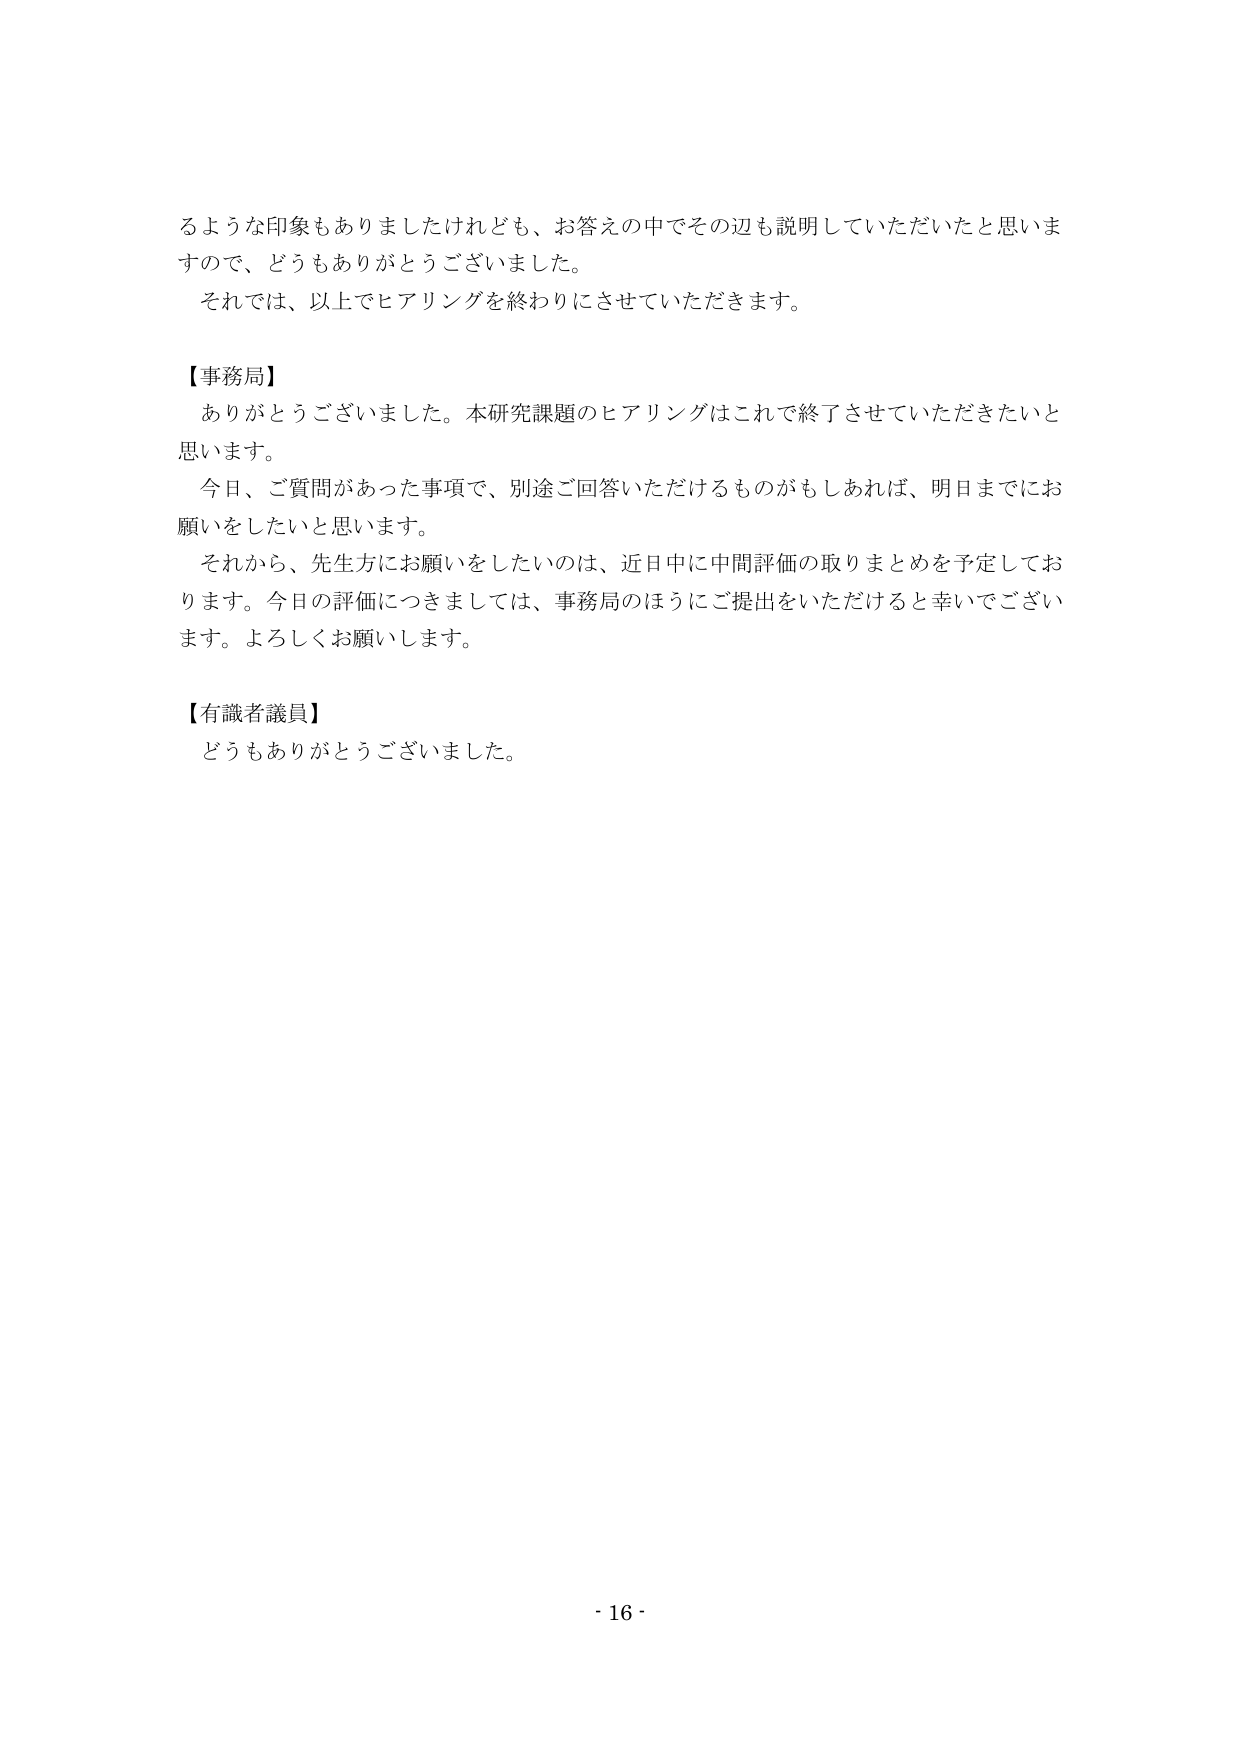
るような印象もありましたけれども、お答えの中でその辺も説明していただいたと思いますので、どうもありがとうございました。
それでは、以上でヒアリングを終わりにさせていただきます。

【事務局】
ありがとうございました。本研究課題のヒアリングはこれで終了させていただきたいと思います。
今日、ご質問があった事項で、別途ご回答いただけるものがあれば、明日までにお願いをしたいと思います。
それから、先生方にお願いをしたいのは、近日中に中間評価の取りまとめを予定しております。今日の評価につきましては、事務局のほうにご提出をいただけると幸いでございます。よろしくお願いします。

【有識者議員】
どうもありがとうございました。

- 16 -